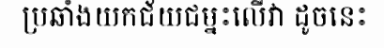
ប្រឆាំងយកជ័យជម្នះលើវា ដូចនេះ